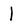
Character: 1